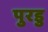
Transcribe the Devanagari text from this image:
पुरडु